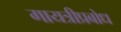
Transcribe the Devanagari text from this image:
गायत्रीप्रबोध